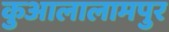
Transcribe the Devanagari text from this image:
कुआलालामपुर